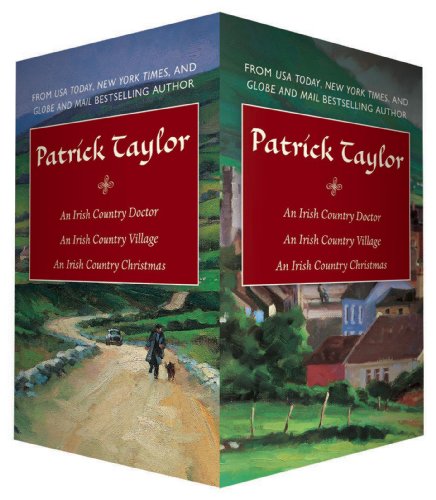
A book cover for Patrick Taylor Irish Country Boxed Set (Irish Country Books); Patrick Taylor; Mystery, Thriller & Suspense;